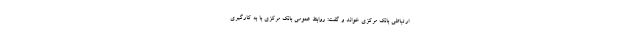
ارتباطی بانک مرکزی خواند و گفت: روابط عمومی بانک مرکزی با به کارگیری